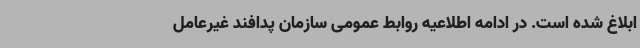
ابلاغ شده است. در ادامه اطلاعیه روابط عمومی سازمان پدافند غیرعامل